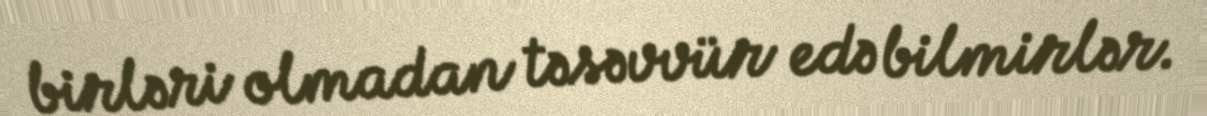
birləri olmadan təsəvvür edə bilmirlər.